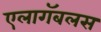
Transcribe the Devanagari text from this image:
एलागॅबलस